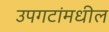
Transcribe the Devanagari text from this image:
उपगटांमधील